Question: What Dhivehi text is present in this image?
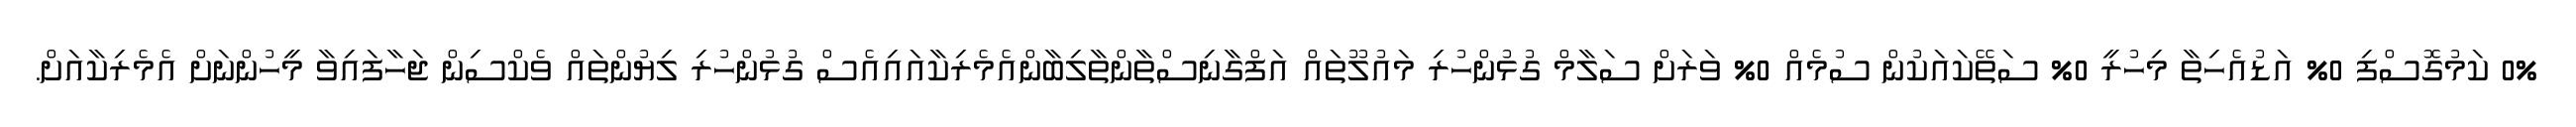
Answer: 0% ކަމުގޮސްފި 0% އަޑުއެހިތާ މިހުރީ 0% ސަތޭކައަކުން ސުމެއް 0% ވަރަށް ސަލާމް ގުޅުންހުރި މައުލޫތައް އަފްގާނިސްތާންތާލިބާންއެމެރިކާއައިއެސް ގުޅުންހުރި ލިޔުންތައް ވެކްސިން ޖަހާފައިވާ މީހުންނަށް އެމެރިކާއަށް.